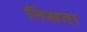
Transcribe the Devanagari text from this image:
निस्रता